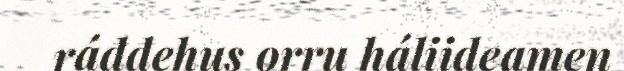
ráđđehus orru háliideamen